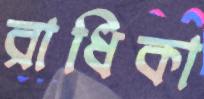
রাধিকা